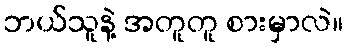
ဘယ်သူနဲ့ အတူတူ စားမှာလဲ။